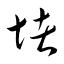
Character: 堵